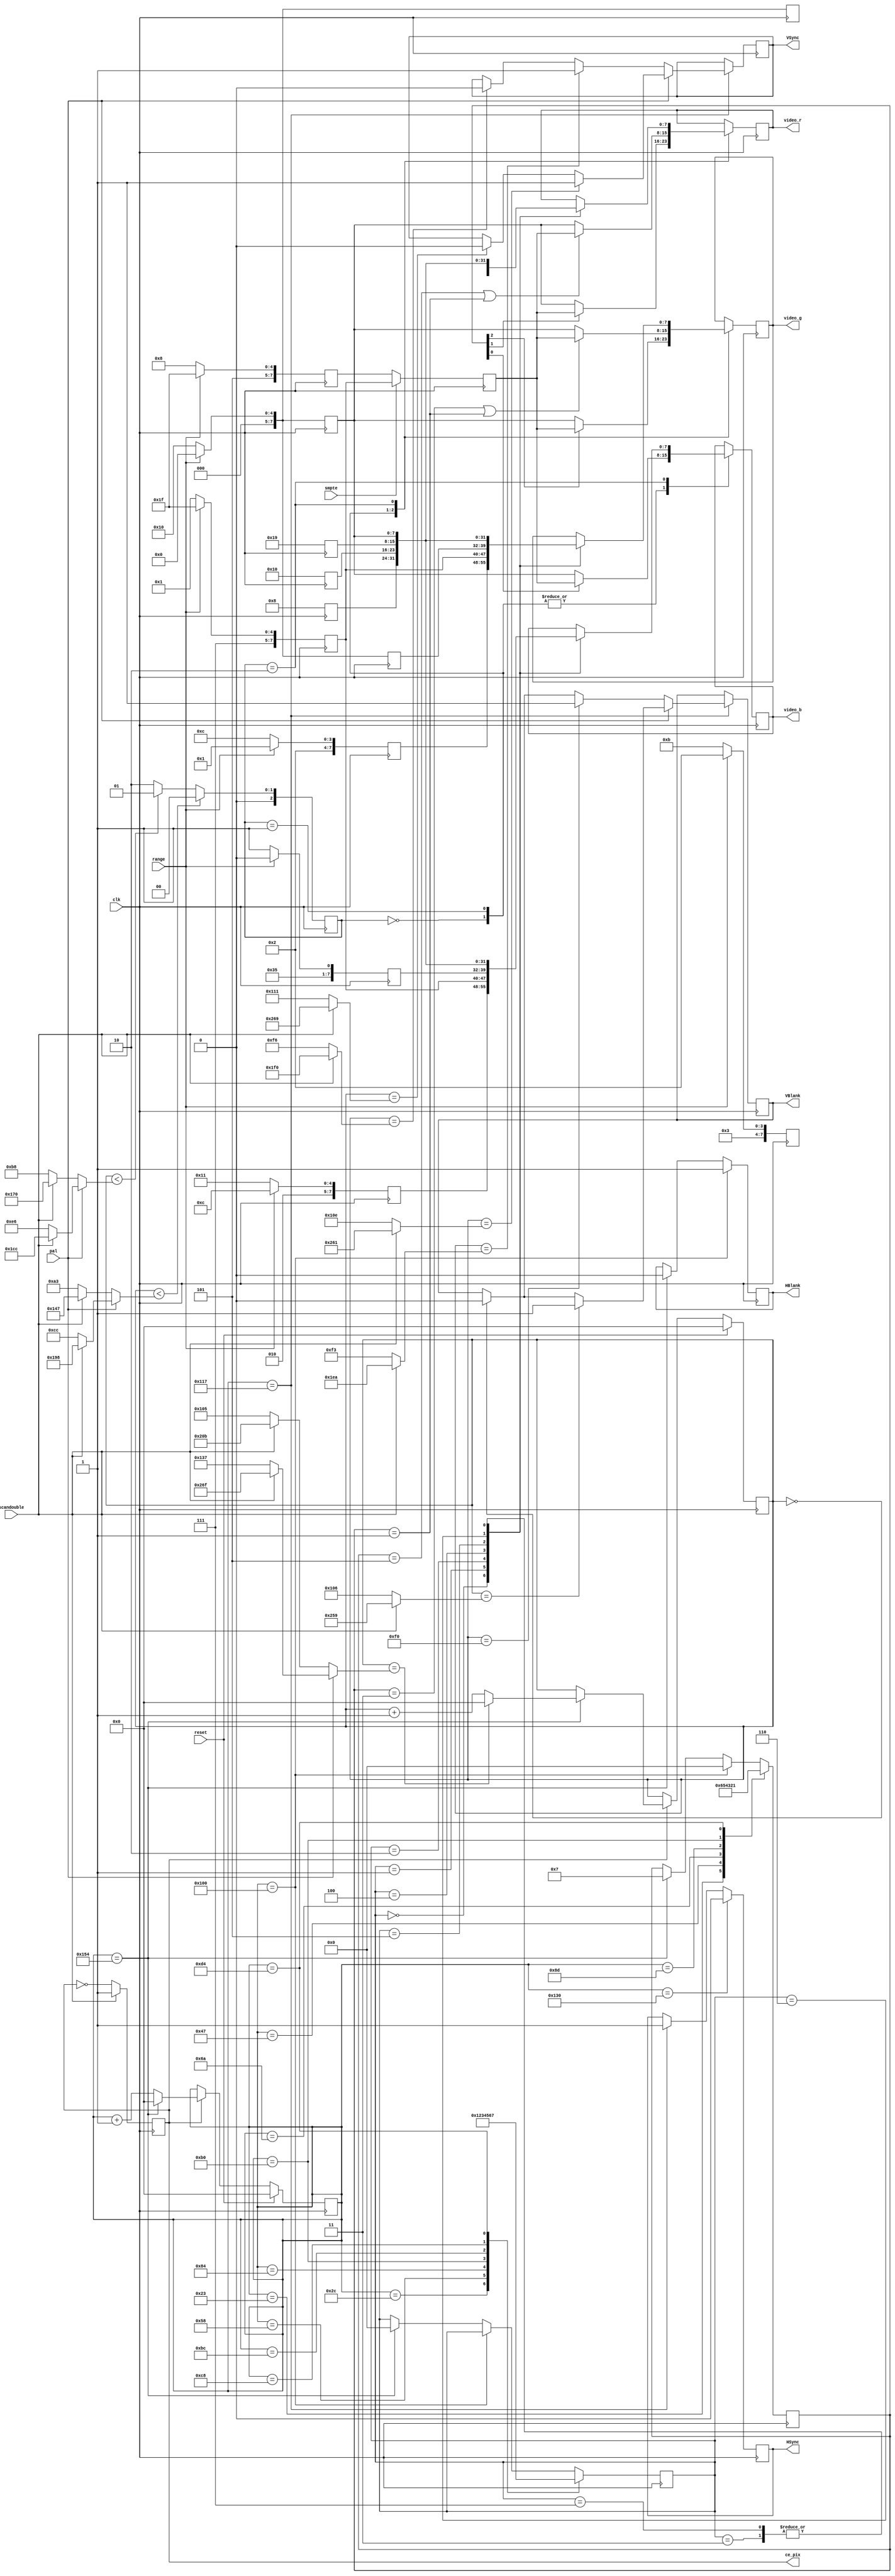
module testpatterns
(
	input         clk,
	input         reset,
	
	input         pal,
	input         range,
	input         smpte,
	input         scandouble,

	output reg    ce_pix,

	output reg    HBlank,
	output reg    HSync,
	output reg    VBlank,
	output reg    VSync,

	output reg  [7:0] video_r,
	output reg  [7:0] video_g,
	output reg  [7:0] video_b
);


reg [7:0] bright100;
reg [7:0] bright75;
reg [7:0] bright;
reg [7:0] dark;
reg [7:0] smpte_I_r;
reg [7:0] smpte_I_g;
reg [7:0] smpte_I_b;
reg [7:0] smpte_Q_r;
reg [7:0] smpte_Q_g;
reg [7:0] smpte_Q_b;
reg [7:0] smpte_pluge_1;
reg [7:0] smpte_pluge_2;
reg [7:0] smpte_pluge_3;

reg  [7:0] smpte_video_r;
reg  [7:0] smpte_video_g;
reg  [7:0] smpte_video_b;
reg  [2:0] smpte_vert_section;

reg  [3:0] smpte_vstripe_7;
reg  [3:0] smpte_botstrip;


reg   [9:0] hc;
reg   [9:0] vc;
wire [9:0] vsync_start = (pal ? 10'd270 : 10'd243);

always @(posedge clk) begin

if (range == 1'b0) begin	// NTSC level range = 16 to 235
		bright100 <= 225;
		bright75  <= 168;
		dark		 <= 16;
		smpte_I_r <= 16;
		smpte_I_g <= 44;
		smpte_I_b <= 81;
		smpte_Q_r <= 59;
		smpte_Q_g <= 16;
		smpte_Q_b <= 107;
		smpte_pluge_1 <= 8;
		smpte_pluge_2 <= 16;
		smpte_pluge_3 <= 25;
	end
	else begin						// HDMI use range = 0 to 255
		bright100 <= 255;
		bright75  <= 191;
		dark		 <= 0;
		smpte_I_r <= 0;
		smpte_I_g <= 33;
		smpte_I_b <= 76;
		smpte_Q_r <= 50;
		smpte_Q_g <= 0;
		smpte_Q_b <= 106;
		smpte_pluge_1 <= 8;
		smpte_pluge_2 <= 16;
		smpte_pluge_3 <= 25;
	end

	if (smpte == 1'b0)
		bright	 <= bright75;
	else
		bright	 <= bright100;


	if(scandouble) ce_pix <= 1;
		else ce_pix <= ~ce_pix;

	if(reset) begin
		hc <= 0;
		vc <= 0;
	end
	else if(ce_pix) begin
		if(hc == 340) begin
			hc <= 0;
			if(vc == (pal ? (scandouble ? 623 : 311) : (scandouble ? 523 : 261))) begin 
				vc <= 0;
			end else begin
				vc <= vc + 1'd1;
			end
		end else begin
			hc <= hc + 1'd1;
		end
	end
end

always @(posedge clk) begin
	if (hc == 256) begin
			
			smpte_vstripe_7 <= 0;
	end else if (hc == 340) begin
			
			smpte_vstripe_7 <= 4'd7;
			smpte_botstrip  <= 4'd0;
	end

//////  SMPTE ////////
   case (hc)									// divisions on horizontal axis for color bars in top 2 sections
		35:			smpte_vstripe_7 <= 4'd6;
		71:			smpte_vstripe_7 <= 4'd5;
		106:			smpte_vstripe_7 <= 4'd4;	
		141:			smpte_vstripe_7 <= 4'd3;
		176:			smpte_vstripe_7 <= 4'd2;
		212:			smpte_vstripe_7 <= 4'd1;
	endcase

   case (hc)									// divisions on horizontal axis for color bars in bottom section
		44:			smpte_botstrip <= 4'd1;
		88:			smpte_botstrip <= 4'd2;
		132:			smpte_botstrip <= 4'd3;
		176:			smpte_botstrip <= 4'd4;
		188:			smpte_botstrip <= 4'd5;
		200:			smpte_botstrip <= 4'd6;
		212:			smpte_botstrip <= 4'd7;
	endcase
	

//	smpte_video_r <= 8'b0;
//	smpte_video_g <= 8'b0;
//	smpte_video_b <= 8'b0;

	if (vc < (pal ? (scandouble ? 408 : 204) : (scandouble ? 327 : 163)))
		smpte_vert_section <= 0;
		
	else if (vc < (pal ? (scandouble ? 460 : 230) : (scandouble ? 368 : 184)))
	
		smpte_vert_section <= 1;
	else
		smpte_vert_section <= 2;


	case (smpte_vert_section)

		0:														// top band of colors
			begin
				smpte_video_g <= dark;
				smpte_video_r <= dark;
				smpte_video_b <= dark;

				if (smpte_vstripe_7[2] != 1'b0)
					smpte_video_g <= bright;
				
				if (smpte_vstripe_7[1] != 1'b0)
					smpte_video_r <= bright;

				if (smpte_vstripe_7[0] != 1'b0)
					smpte_video_b <= bright;
			end

		1:														// middle band for chroma balance
			begin
				smpte_video_g <= dark;
				smpte_video_r <= dark;
				smpte_video_b <= dark;

				if ((smpte_vstripe_7 == 4'd3) || (smpte_vstripe_7 == 4'd1))
					smpte_video_g <= bright;
				
				if ((smpte_vstripe_7 == 4'd5) || (smpte_vstripe_7 == 4'd1))
					smpte_video_r <= bright;

				if (smpte_vstripe_7[0] == 1'b1)
					smpte_video_b <= bright;
			end

		2:														// bottom band (including PLUGE)
			begin
				case (smpte_botstrip)
					0:										// I
						begin
							smpte_video_r <= smpte_I_r;
							smpte_video_g <= smpte_I_g;
							smpte_video_b <= smpte_I_b;
						end

					1:										// white
						begin
							smpte_video_r <= bright100;
							smpte_video_g <= bright100;
							smpte_video_b <= bright100;
						end
						
					2:										// Q
						begin
							smpte_video_r <= smpte_Q_r;
							smpte_video_g <= smpte_Q_g;
							smpte_video_b <= smpte_Q_b;
						end
						
					3:										// Black
						begin
							smpte_video_r <= dark;
							smpte_video_g <= dark;
							smpte_video_b <= dark;
						end
						
					4:										// PLUGE #1
						begin
							smpte_video_r <= smpte_pluge_1;
							smpte_video_g <= smpte_pluge_1;
							smpte_video_b <= smpte_pluge_1;
						end
						
					5:										// PLUGE #2
						begin
							smpte_video_r <= smpte_pluge_2;
							smpte_video_g <= smpte_pluge_2;
							smpte_video_b <= smpte_pluge_2;
						end
						
					6:										// PLUGE #3
						begin
							smpte_video_r <= smpte_pluge_3;
							smpte_video_g <= smpte_pluge_3;
							smpte_video_b <= smpte_pluge_3;
						end
						
					7:										// Black
						begin
							smpte_video_r <= dark;
							smpte_video_g <= dark;
							smpte_video_b <= dark;
						end
				endcase
			end
		
	endcase



	if (hc == 256) HBlank <= 1;
		else if (hc == 340) HBlank <= 0;

	if (hc == 279) begin
		HSync <= 1;

		if(pal) begin
			if(vc == (scandouble ? 609 : 270)) VSync <= 1;
				else if (vc == (scandouble ? 617 : 273)) VSync <= 0;

			if(vc == (scandouble ? 601 : 262)) VBlank <= 1;
				else if (vc == 0) VBlank <= 0;
		end
		else begin
			if(vc == (scandouble ? 490 : 243)) VSync <= 1;
				else if (vc == (scandouble ? 496 : 246)) VSync <= 0;

			if(vc ==  240) VBlank <= 1;
				else if (vc == 0) VBlank <= 0;
		end
	end
	
	if (hc == 304) HSync <= 0;
end


assign video_r = smpte_video_r;
assign video_g = smpte_video_g;
assign video_b = smpte_video_b;

endmodule